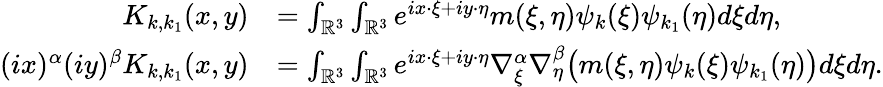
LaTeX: \begin{array}{rl}{K_{k,k_{1}}(x,y)}&{=\int_{\mathbb{R}^{3}}\int_{\mathbb{R}^{3}}e^{ix\cdot\xi+iy\cdot\eta}m(\xi,\eta)\psi_{k}(\xi)\psi_{k_{1}}(\eta)d\xi d\eta,}\\ {(ix)^{\alpha}(iy)^{\beta}K_{k,k_{1}}(x,y)}&{=\int_{\mathbb{R}^{3}}\int_{\mathbb{R}^{3}}e^{ix\cdot\xi+iy\cdot\eta}\nabla_{\xi}^{\alpha}\nabla_{\eta}^{\beta}\big(m(\xi,\eta)\psi_{k}(\xi)\psi_{k_{1}}(\eta)\big)d\xi d\eta.}\end{array}